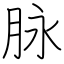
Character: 脉